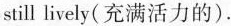
still lively( 充满活力的).